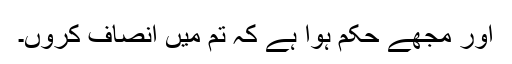
اور مجھے حکم ہوا ہے کہ تم میں انصاف کروں۔